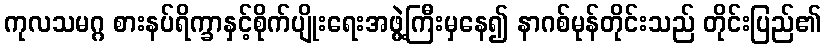
ကုလသမဂ္ဂ စားနပ်ရိက္ခာနှင့်စိုက်ပျိုးရေးအဖွဲ့ကြီးမှနေ၍ နာဂစ်မုန်တိုင်းသည် တိုင်းပြည်၏